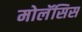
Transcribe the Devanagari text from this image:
मोलॅसिस